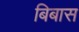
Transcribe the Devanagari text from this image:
बिबास